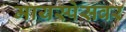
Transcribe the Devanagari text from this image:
मायस्पेसवर